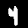
Digit: 4